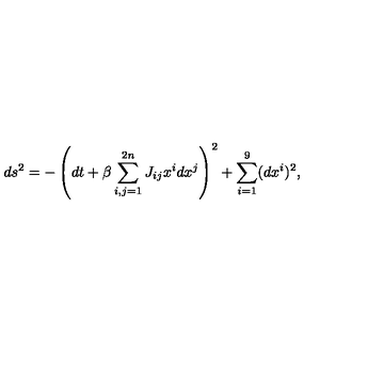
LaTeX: d s ^ { 2 } = - \left( d t + \beta \sum _ { i , j = 1 } ^ { 2 n } J _ { i j } x ^ { i } d x ^ { j } \right) ^ { 2 } + \sum _ { i = 1 } ^ { 9 } ( d x ^ { i } ) ^ { 2 } ,